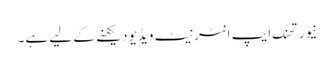
نیور تھنک ایپ انٹرنیٹ ویڈیو دیکھنے کے لیے ہے۔